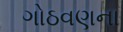
ગોઠવણના